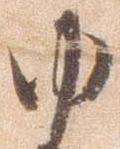
ゆ